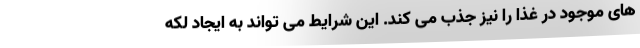
های موجود در غذا را نیز جذب می کند. این شرایط می تواند به ایجاد لکه